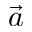
\vec { a }